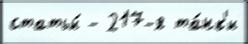
статьи́ - 217-я та́нк'и